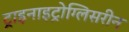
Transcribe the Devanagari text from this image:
ट्राइनाइट्रोग्लिसरीन